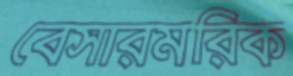
বেসারমরিক